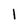
Character: 1